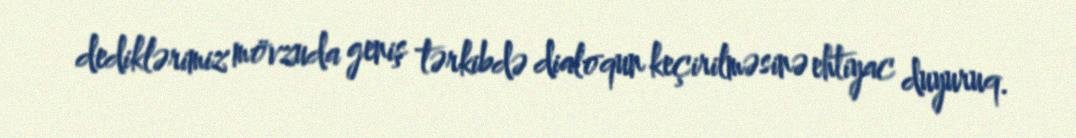
dediklərimiz mövzuda geniş tərkibdə dialoqun keçirilməsinə ehtiyac duyuruq.